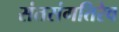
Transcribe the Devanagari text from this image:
संतसंगतिरेव